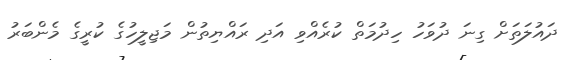
ދައުލަތަށް ގިނަ ދުވަހު ހިދުމަތް ކުރެއްވި އަދި ރައްޔިތުން މަޖިލީހުގެ ކުރީގެ މެންބަރު